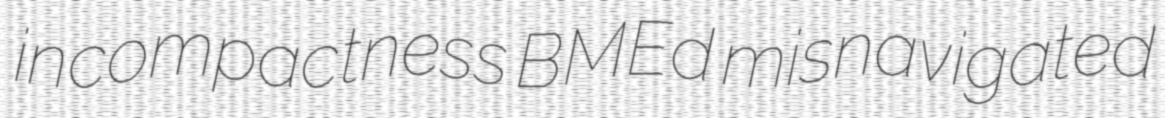
incompactness BMEd misnavigated